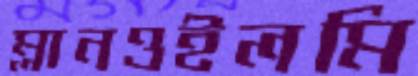
ম্লানওইলমি